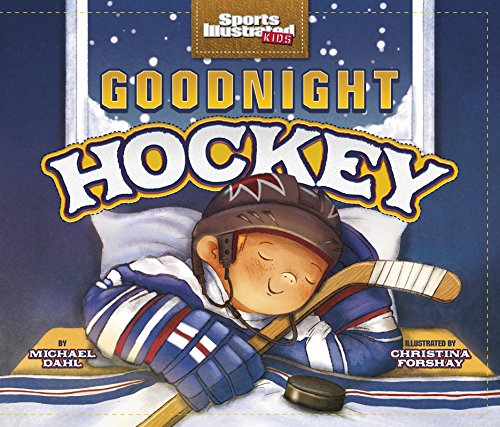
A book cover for Goodnight Hockey (Sports Illustrated Kids Bedtime Books); Michael Dahl; Children's Books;